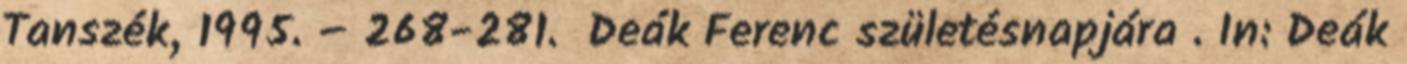
Tanszék, 1995. – 268-281. Deák Ferenc születésnapjára . In: Deák